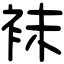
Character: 袜